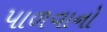
પાળવાનો